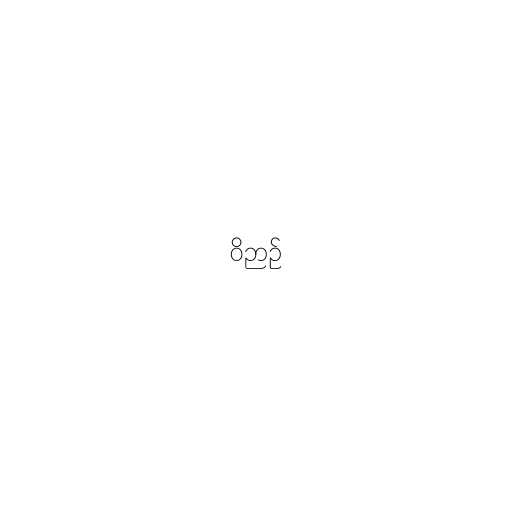
ဝိဉာဥ်